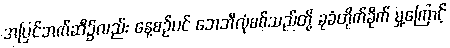
အပြင်ဘက်ဆီ၌လည်း နေ့စဉ်ပင် ဘေဘီလုံစစ်သည်တို့ ခုခံတိုက်ခိုက် မှု့ကြောင့်